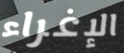
الإغراء